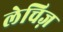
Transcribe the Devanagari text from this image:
लेचिज़